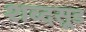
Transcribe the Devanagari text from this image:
शब्दसूड